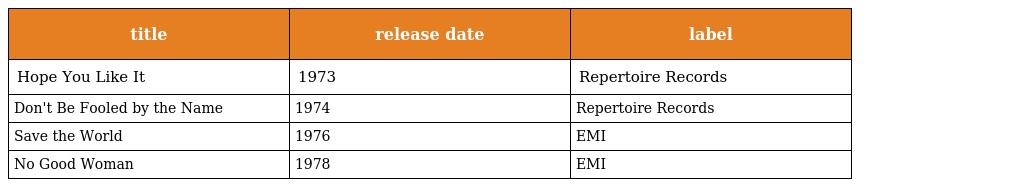
| title | release date | label |
 | --- | --- | --- |
 | Hope You Like It | 1973 | Repertoire Records |
 | Don't Be Fooled by the Name | 1974 | Repertoire Records |
 | Save the World | 1976 | EMI |
 | No Good Woman | 1978 | EMI |